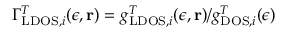
\Gamma _ { \mathrm { L D O S } , i } ^ { T } ( \epsilon , \mathbf { r } ) = g _ { \mathrm { L D O S } , i } ^ { T } ( \epsilon , \mathbf { r } ) / g _ { \mathrm { D O S } , i } ^ { T } ( \epsilon )